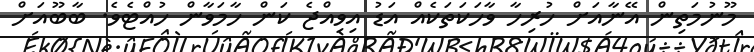
މޫނުމަތިން އޭނާއަށް ހުރިހާ ވާހަކަތަކެއް އަޑު އިވިއްޖެ ކަން ހާމަވާން ހުއްޓެވެ. ބާބޫއަށް